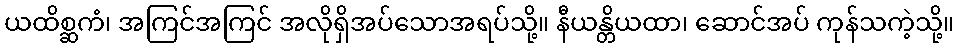
ယထိစ္ဆကံ၊ အကြင်အကြင် အလိုရှိအပ်သောအရပ်သို့။ နီယန္တိယထာ၊ ဆောင်အပ် ကုန်သကဲ့သို့။